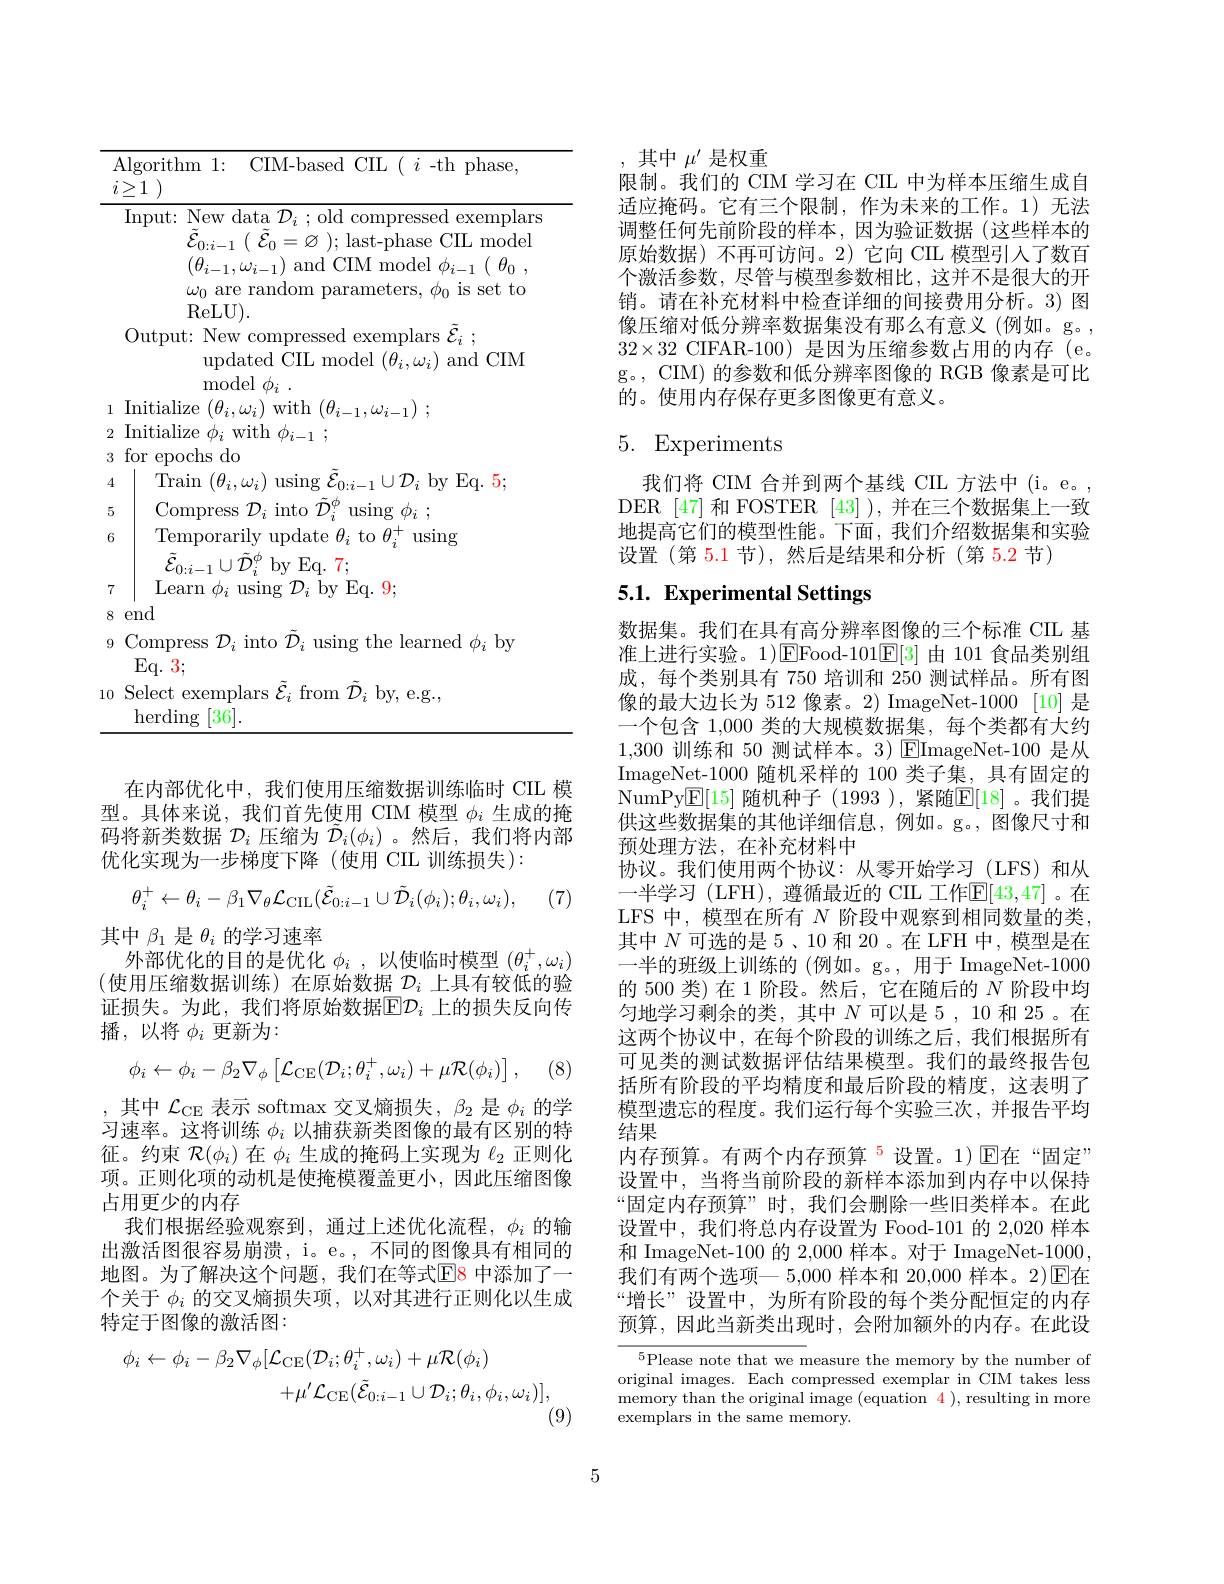
<table>
	<tbody>
		<tr>
			<td>Algoritk 》 1 $l$</td>
			<td>ithm 1: CIM-based CIL $(i$ -th phase,</td>
		</tr>
		<tr>
			<td>Input: </td>
			<td>t: New data $\mathcal{D}_i$ ; old compressed exemplars $\tilde{\mathcal{E} } _{0: i- 1}$ ( $\tilde{\mathcal{E} } _{0}= \varnothing$ );last-phase CIL model $(\theta_{i-1},\omega_{i-1})$ and CIM model $\phi _i- 1( \theta _{0}$ , $\omega_{0}$ are random parameters, $\phi_0$ is set to</td>
		</tr>
		<tr>
			<td>Outpu $\Gamma_{\mathbf{n}}$ $\therefore$</td>
			<td>$\operatorname{ReLU})$ put: New compressed exemplars $\mathcal{E} _i$ ; updated CIL model $(\theta_i,\omega_i)$ and CIM ${\mathrm{model~}}\phi _{i}$ .</td>
		</tr>
		<tr>
			<td>Compr $Eq.3$</td>
			<td>${\mathrm{press~}}\mathcal{D}_{i}{\mathrm{~into~}}\mathcal{D}_{i}{\mathrm{~using~the~learned~}}\phi_{i}{\mathrm{~by}}$ 3;</td>
		</tr>
		<tr>
			<td>Select herdi</td>
			<td>ct exemplars $\tilde{\mathcal{E}}_i$ from $\tilde{\mathcal{D}}_i$ by, e.g., $\operatorname{ding}[36].$</td>
		</tr>
	</tbody>
</table>
8

在内部优化中，我们使用压缩数据训练临时 CIL 模型。具体来说，我们首先使用 CIM 模型$\phi_i$生成的掩码将新类数据$\mathcal{D}_i$压缩为$\tilde{\mathcal{D}}_i(\phi_i)$ 。然后，我们将内部优化实现为一步梯度下降(使用 CIL 训练损失):
$$\theta_{i}^{+}\leftarrow\theta_{i}-\beta_{1}\nabla_{\theta}\mathcal{L}_{\mathrm{CIL}}(\tilde{\mathcal{E}}_{0:i-1}\cup\tilde{\mathcal{D}}_{i}(\phi_{i});\theta_{i},\omega_{i}),$$
(7)

其中$\beta_1$是$\theta_i$的学习速率
外部优化的目的是优化$\phi_i$ ,以使临时模型$(\theta_i^+,\omega_i)$ (使用压缩数据训练)在原始数据 $\mathcal{D}_i$ 上具有较低的验证损失。为此，我们将原始数据$\mathbb{E}D_i$ 上的损失反向传播，以将 $\phi_i$ 更新为：
$$\phi_{i}\leftarrow\phi_{i}-\beta_{2}\nabla_{\phi}\left[\mathcal{L}_{\mathrm{CE}}(\mathcal{D}_{i};\theta_{i}^{+},\omega_{i})+\mu\mathcal{R}(\phi_{i})\right],$$
(8)

,其中$\mathcal{L}_{\mathrm{CE}}$表示 softmax 交叉熵损失，$\beta_2$是$\phi_i$的学习速率。这将训练$\phi_i$以捕获新类图像的最有区别的特征。约束$\mathcal{R}(\phi_i)$在$\phi_i$生成的掩码上实现为$\ell_2$正则化项。正则化项的动机是使掩模覆盖更小，因此压缩图像占用更少的内存
我们根据经验观察到，通过上述优化流程，$\phi_i$的输出激活图很容易崩溃，i。e。, 不同的图像具有相同的地图。为了解决这个问题，我们在等式$\overline{\mathrm{E}}$8 中添加了一个关于$\phi_i$的交叉熵损失项，以对其进行正则化以生成特定于图像的激活图：
$$\phi_{i}\leftarrow\phi_{i}-\beta_{2}\nabla_{\phi}[\mathcal{L}_{\mathrm{CE}}(\mathcal{D}_{i};\theta_{i}^{+},\omega_{i})+\mu\mathcal{R}(\phi_{i})\\+\mu^{\prime}\mathcal{L}_{\mathrm{CE}}(\tilde{\mathcal{E}}_{0:i-1}\cup\mathcal{D}_{i};\theta_{i},\phi_{i},\omega_{i})],$$
(9)

,其中$\mu^{\prime}$是权重
限制。我们的 CIM 学习在 CIL 中为样本压缩生成自适应掩码。它有三个限制，作为未来的工作。1)无法调整任何先前阶段的样本，因为验证数据(这些样本的原始数据)不再可访问。2)它向 CIL 模型引入了数百个激活参数，尽管与模型参数相比，这并不是很大的开销。请在补充材料中检查详细的间接费用分析。3) 图像压缩对低分辨率数据集没有那么有意义(例如。g。, $32\times32$ CIFAR-100)是因为压缩参数占用的内存(e。g。, CIM) 的参数和低分辨率图像的 RGB 像素是可比的。使用内存保存更多图像更有意义。

# 5. Experiments

我们将 CIM 合并到两个基线 CIL 方法中(i。e。, DER [47] 和 FOSTER [43] ),并在三个数据集上一致地提高它们的模型性能。下面，我们介绍数据集和实验设置 (第 5.1 节),然后是结果和分析 (第 5.2 节)

# 5.1. Experimental Settings

数据集。我们在具有高分辨率图像的三个标准 CIL 基准上进行实验。1)$\operatorname{EFood-101}$E[3]由 101 食品类别组成，每个类别具有 750 培训和 250 测试样品。所有图像的最大边长为 512 像素。2) ImageNet-1000 [10] 是一个包含 1,000 类的大规模数据集，每个类都有大约1,300训练和 50 测试样本。3) $\boxed{\mathrm{FImageNet-100}}$是从ImageNet-1000 随机采样的 100 类子集，具有固定的NumPy$\underline{\mathrm{E}}[15]$ 随机种子 (1993 ),紧随$\underline{\mathrm{E}}[18]$。我们提供这些数据集的其他详细信息，例如。g。, 图像尺寸和预处理方法，在补充材料中
协议。我们使用两个协议：从零开始学习(LFS)和从一半学习 (LFH), 遵循最近的 CIL 工作$\mathbb{E}[43,47]$。在LFS 中，模型在所有$N$阶段中观察到相同数量的类其中$N$可选的是 5、10 和 20 。在 LFH 中，模型是在一半的班级上训练的 (例如。g。, 用于 ImageNet-1000的 500 类)在 1 阶段。然后，它在随后的$N$阶段中均匀地学习剩余的类，其中$N$可以是 5,10 和 25。在这两个协议中，在每个阶段的训练之后，我们根据所有可见类的测试数据评估结果模型。我们的最终报告包括所有阶段的平均精度和最后阶段的精度，这表明了模型遗忘的程度。我们运行每个实验三次，并报告平均结果
内存预算。有两个内存预算$^{5}$设置。1)E在“固定” 设置中，当将当前阶段的新样本添加到内存中以保持“固定内存预算”时，我们会删除一些旧类样本。在此设置中，我们将总内存设置为 Food-101 的 2,020 样本和 ImageNet-100 的 2,000 样本。对于 ImageNet-1000, 我们有两个选项— 5,000 样本和 20,000 样本。2)$\overline{\mathrm{E}}$在“增长”设置中，为所有阶段的每个类分配恒定的内存预算，因此当新类出现时，会附加额外的内存。在此设$^{5}$Please note that we measure the memory by the number of

original images. Each compressed exemplar in CIM takes less ${\text{memory than the original image (equation }4})$,resulting in more exemplars in the same memory.

5